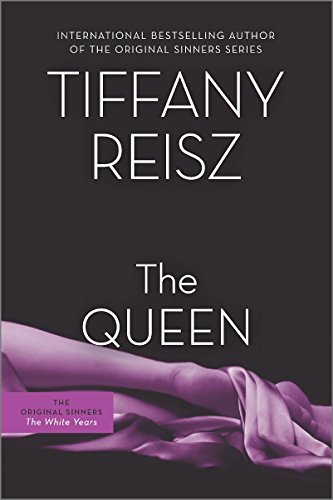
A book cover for The Queen (The Original Sinners); Tiffany Reisz; Romance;